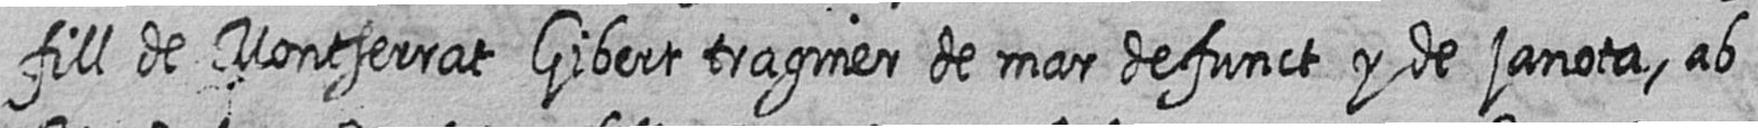
fill de Montserrat Gibert traginer de mar defunct y de janota ab